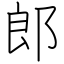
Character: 郎